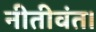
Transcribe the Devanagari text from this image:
नीतीवंत।